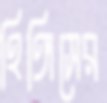
হিঙ্গিসের